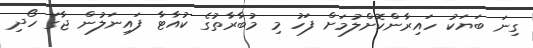
ގިނަ ބަޔަކު ހައިރާންކޮށްލުމަށް ފަހު މި މުބާރާތުގެ ކުއާޓާ ފައިނަލުން ޖާގަ ހޯދި